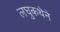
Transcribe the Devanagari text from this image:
लघुकथेने